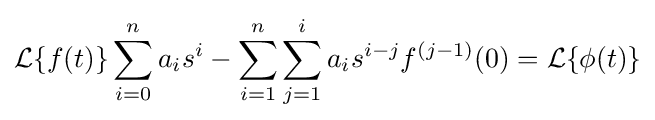
{\mathcal {L}}\{f(t)\}\sum _{i=0}^{n}a_{i}s^{i}-\sum _{i=1}^{n}\sum _{j=1}^{i}a_{i}s^{i-j}f^{(j-1)}(0)={\mathcal {L}}\{\phi (t)\}